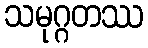
သမုဂ္ဂတဿ